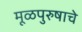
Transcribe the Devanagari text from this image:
मूळपुरुषाचे